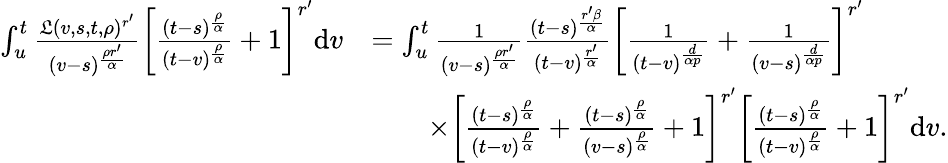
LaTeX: \begin{array}{rl}{\int_{u}^{t}\frac{\mathfrak{L}(v,s,t,\rho)^{r^{\prime}}}{(v-s)^{\frac{\rho{r^{\prime}}}{\alpha}}}\left[\frac{(t-s)^{\frac{\rho}{\alpha}}}{(t-v)^{\frac{\rho}{\alpha}}}+1\right]^{r^{\prime}}\mathrm{d}v}&{=\int_{u}^{t}\frac{1}{(v-s)^{\frac{\rho{r^{\prime}}}{\alpha}}}\frac{(t-s)^{\frac{r^{\prime}\beta}{\alpha}}}{(t-v)^{\frac{r^{\prime}}{\alpha}}}\left[\frac{1}{(t-v)^{\frac{d}{\alpha p}}}+\frac{1}{(v-s)^{\frac{d}{\alpha p}}}\right]^{r^{\prime}}}\\ &{\qquad\times\left[\frac{(t-s)^{\frac{\rho}{\alpha}}}{(t-v)^{\frac{\rho}{\alpha}}}+\frac{(t-s)^{\frac{\rho}{\alpha}}}{(v-s)^{\frac{\rho}{\alpha}}}+1\right]^{r^{\prime}}\left[\frac{(t-s)^{\frac{\rho}{\alpha}}}{(t-v)^{\frac{\rho}{\alpha}}}+1\right]^{r^{\prime}}\mathrm{d}v.}\end{array}